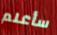
سأعلم